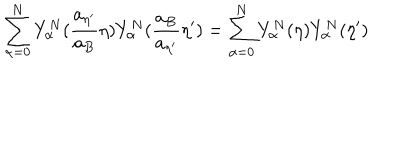
LaTeX: \sum _ { \alpha = 0 } ^ { N } Y _ { \alpha } ^ { N } ( \frac { a _ { { \eta } ^ { \prime } } } { a _ { B } } { \eta } ) Y _ { \alpha } ^ { N } ( \frac { a _ { B } } { a _ { { \eta } ^ { \prime } } } { \eta } ^ { \prime } ) = \sum _ { \alpha = 0 } ^ { N } Y _ { \alpha } ^ { N } ( { \eta } ) Y _ { \alpha } ^ { N } ( { \eta } ^ { \prime } )